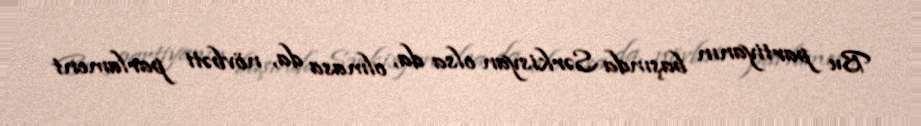
Bu partiyanın başında Sərkisyan olsa da, olmasa da, növbəti parlament